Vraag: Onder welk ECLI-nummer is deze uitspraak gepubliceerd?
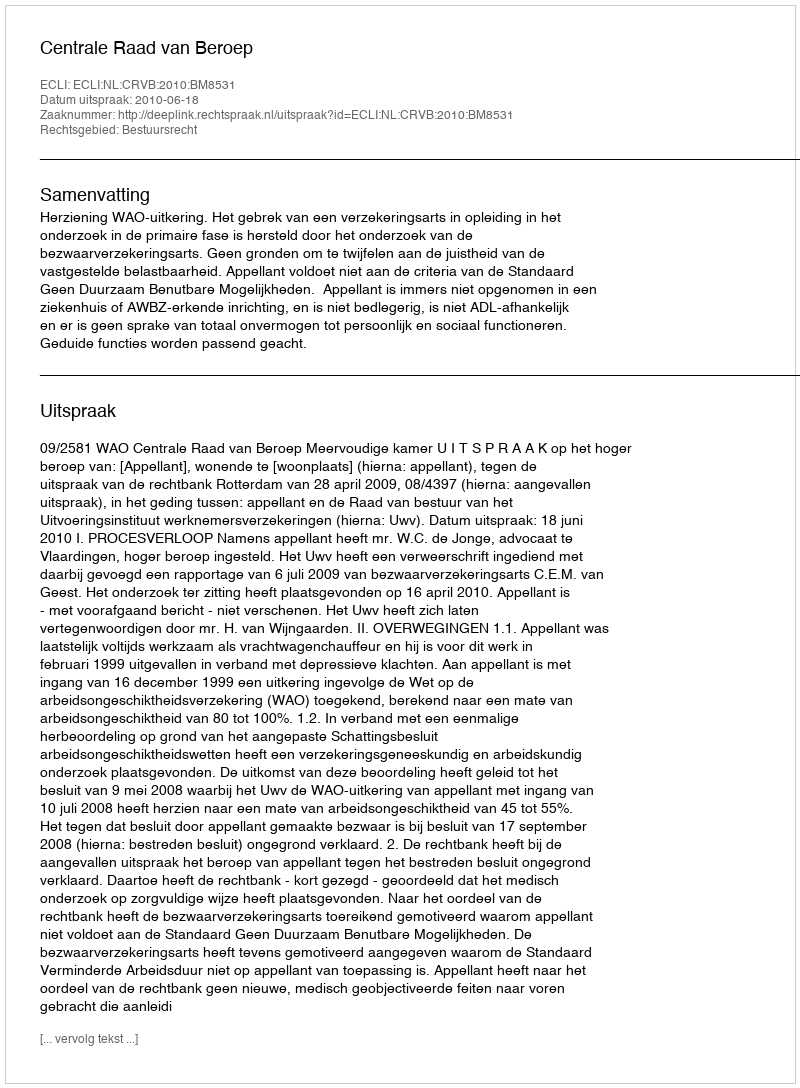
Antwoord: ECLI:NL:CRVB:2010:BM8531